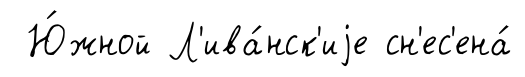
Ю́жной Л'ива́нск'иjе сн'ес'ена́